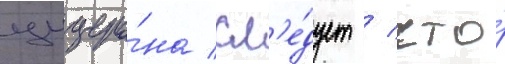
цицеро́на сл'е́дует / что́